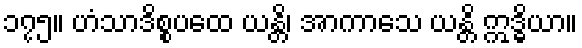
၁၇၅။ ဟံသာဒိစ္စပထေ ယန္တိ၊ အာကာသေ ယန္တိ ဣဒ္ဓိယာ။